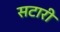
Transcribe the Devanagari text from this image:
सटारी